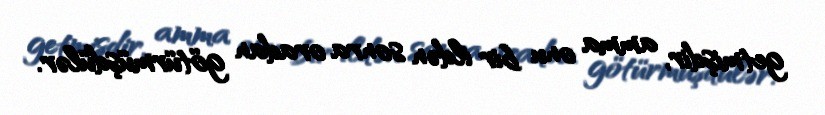
getmişdir, amma onu bir ildən sonra oradan götürmüşdülər.